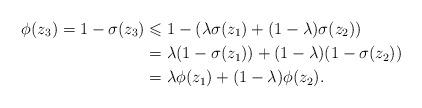
LaTeX: \begin{align*}\phi(z_3)=1-\sigma(z_3)&\leqslant 1-\left( \lambda \sigma(z_1)+(1-\lambda)\sigma(z_2) \right)\\&=\lambda(1-\sigma(z_1))+(1-\lambda)(1-\sigma(z_2))\\&=\lambda \phi(z_1)+(1-\lambda)\phi(z_2).\end{align*}